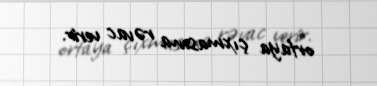
ortaya çıxmasına rəvac verir.